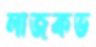
লাজকভ